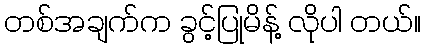
တစ်အချက်က ခွင့်ပြုမိန့် လိုပါ တယ်။